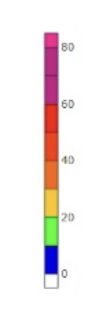
Blue: 0 to 10
Green: 10 to 20
Yellow: 20 to 30
Orange: 30 to 40
Dark Orange: 40 to 50
Red: 50 to 60
Magenta: 60 to 80
Pink: 80 to 85